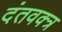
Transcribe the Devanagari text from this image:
दंतवक्त्र